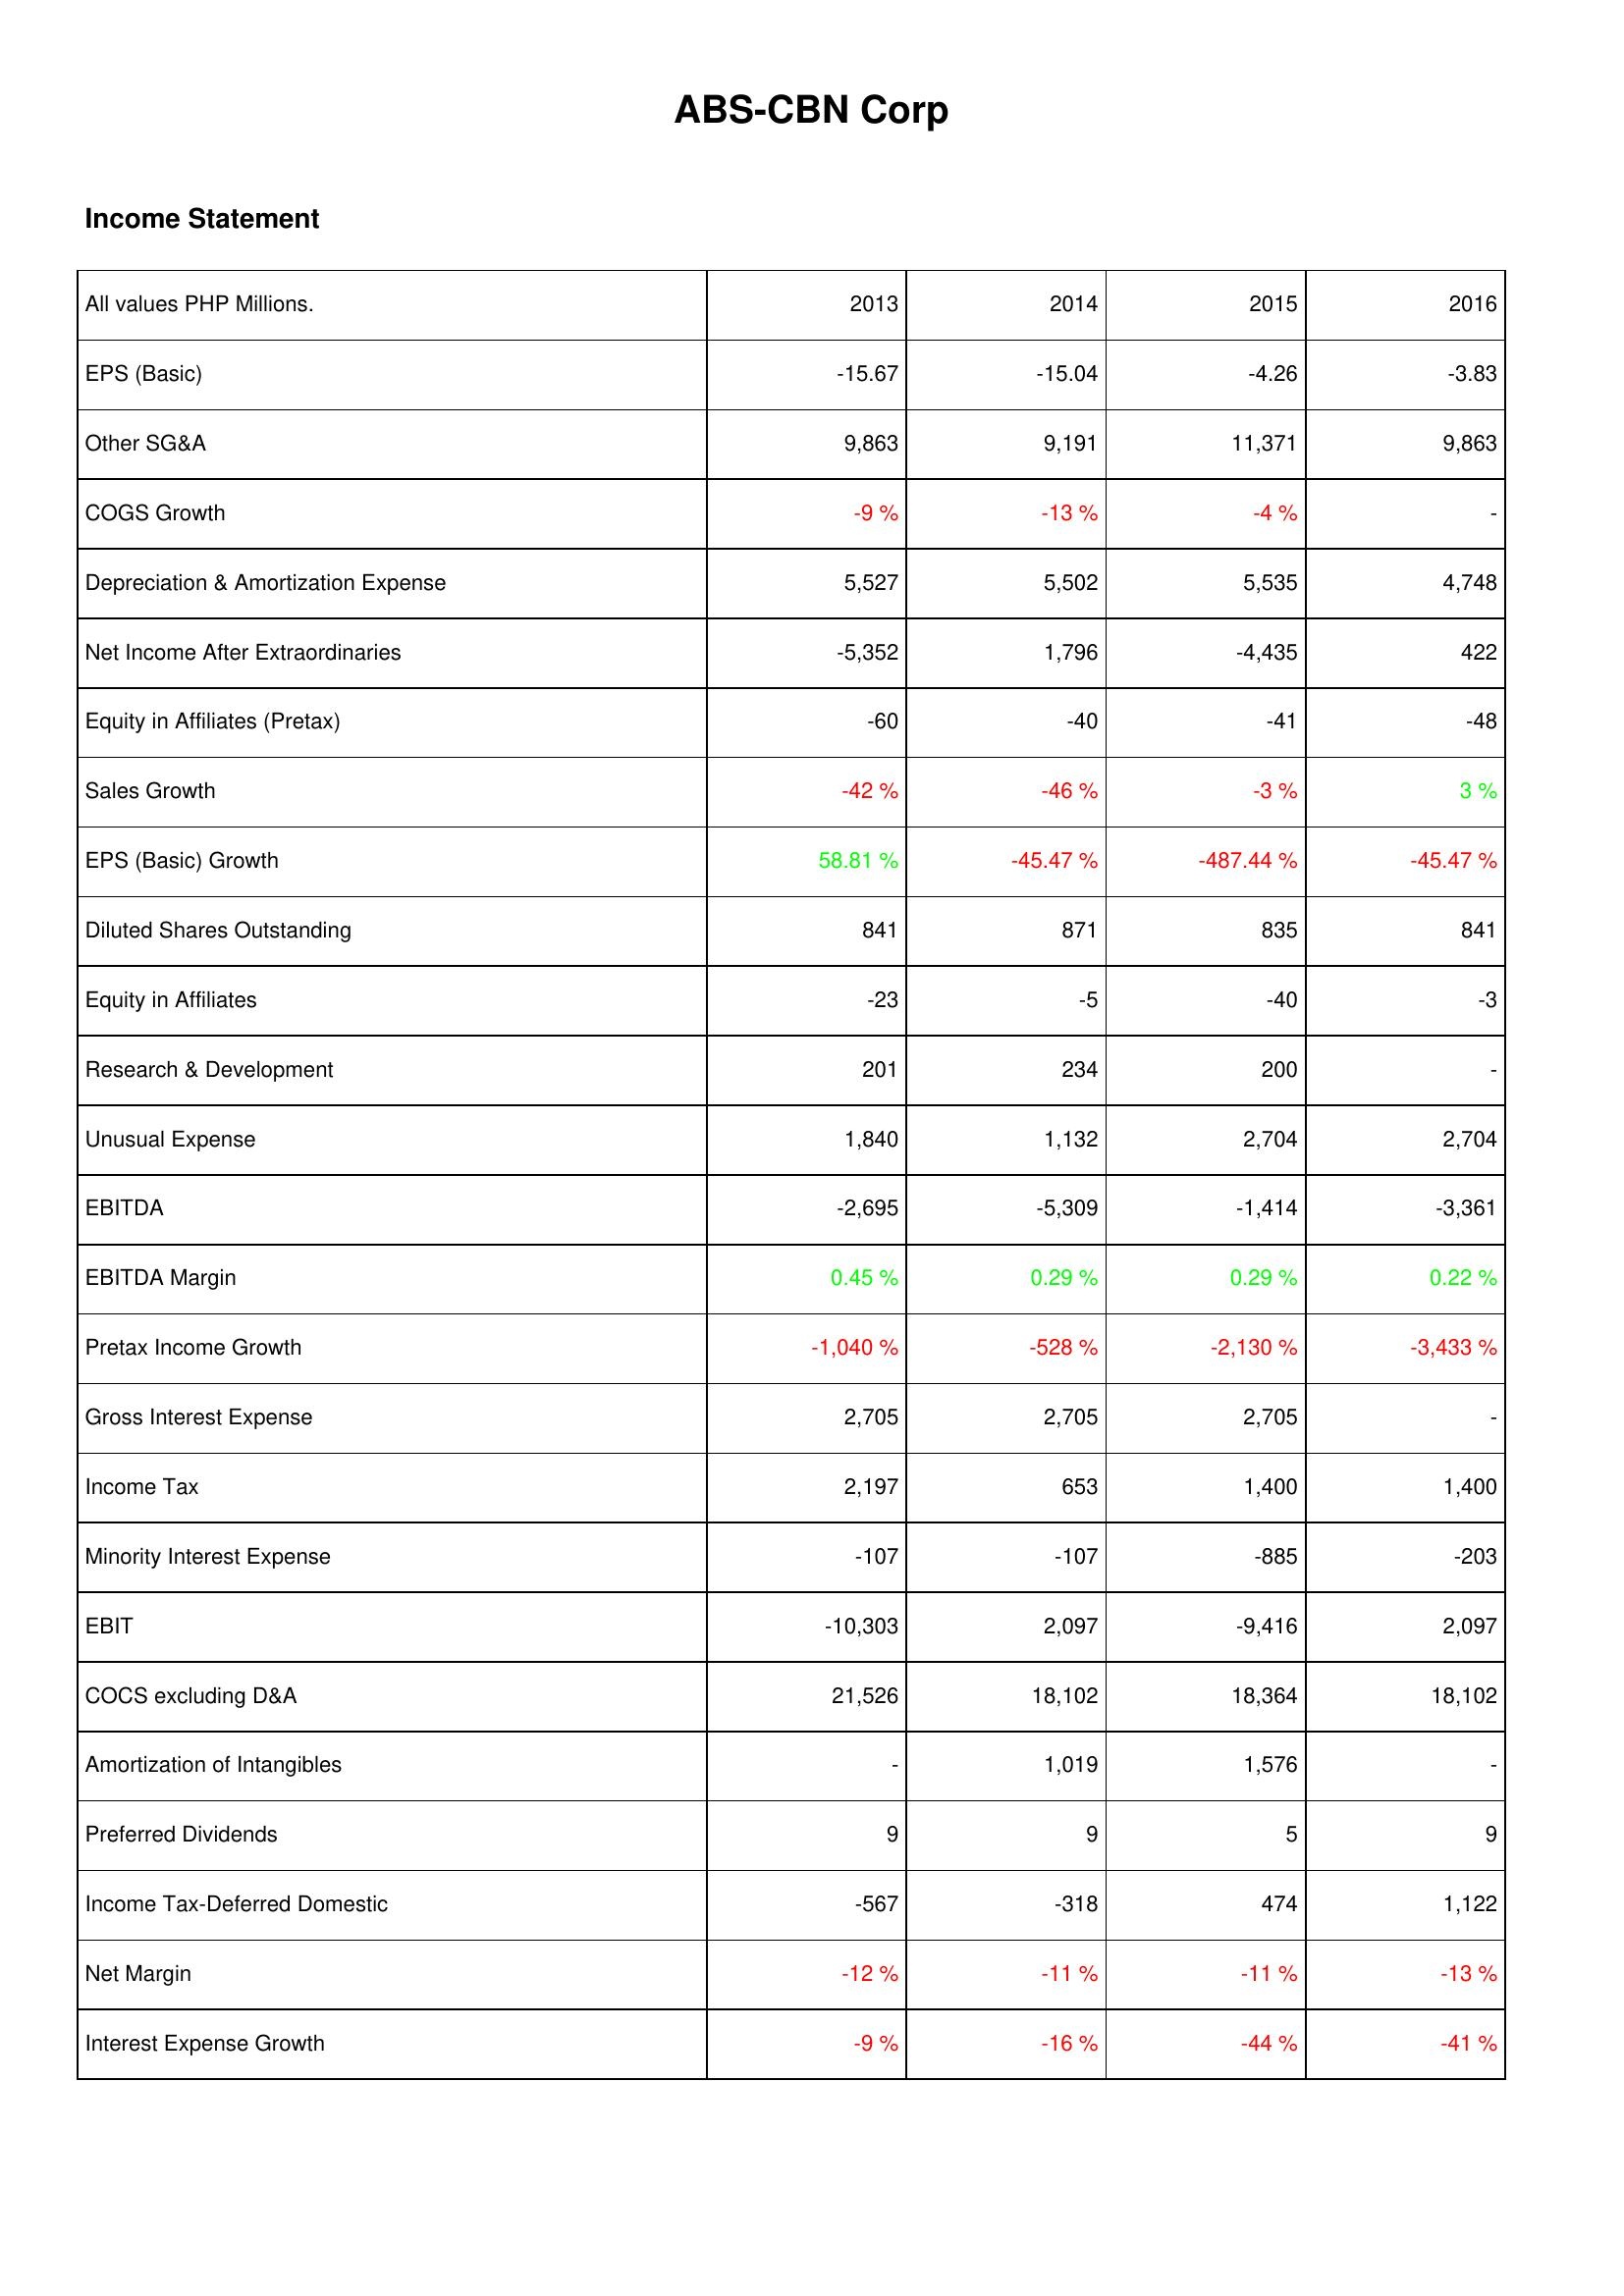
2013: Income Statement: EPS (Basic): -15.67
Other SG&A: 9,863
COGS Growth: -9 %
Depreciation & Amortization Expense: 5,527
Net Income After Extraordinaries: -5,352
Equity in Affiliates (Pretax): -60
Sales Growth: -42 %
EPS (Basic) Growth: 58.81 %
Diluted Shares Outstanding: 841
Equity in Affiliates: -23
Research & Development: 201
Unusual Expense: 1,840
EBITDA: -2,695
EBITDA Margin: 0.45 %
Pretax Income Growth: -1,040 %
Gross Interest Expense: 2,705
Income Tax: 2,197
Minority Interest Expense: -107
EBIT: -10,303
COCS excluding D&A: 21,526
Amortization of Intangibles: -
Preferred Dividends: 9
Income Tax-Deferred Domestic: -567
Net Margin: -12 %
Interest Expense Growth: -9 %
2014: Income Statement: EPS (Basic): -15.04
Other SG&A: 9,191
COGS Growth: -13 %
Depreciation & Amortization Expense: 5,502
Net Income After Extraordinaries: 1,796
Equity in Affiliates (Pretax): -40
Sales Growth: -46 %
EPS (Basic) Growth: -45.47 %
Diluted Shares Outstanding: 871
Equity in Affiliates: -5
Research & Development: 234
Unusual Expense: 1,132
EBITDA: -5,309
EBITDA Margin: 0.29 %
Pretax Income Growth: -528 %
Gross Interest Expense: 2,705
Income Tax: 653
Minority Interest Expense: -107
EBIT: 2,097
COCS excluding D&A: 18,102
Amortization of Intangibles: 1,019
Preferred Dividends: 9
Income Tax-Deferred Domestic: -318
Net Margin: -11 %
Interest Expense Growth: -16 %
2015: Income Statement: EPS (Basic): -4.26
Other SG&A: 11,371
COGS Growth: -4 %
Depreciation & Amortization Expense: 5,535
Net Income After Extraordinaries: -4,435
Equity in Affiliates (Pretax): -41
Sales Growth: -3 %
EPS (Basic) Growth: -487.44 %
Diluted Shares Outstanding: 835
Equity in Affiliates: -40
Research & Development: 200
Unusual Expense: 2,704
EBITDA: -1,414
EBITDA Margin: 0.29 %
Pretax Income Growth: -2,130 %
Gross Interest Expense: 2,705
Income Tax: 1,400
Minority Interest Expense: -885
EBIT: -9,416
COCS excluding D&A: 18,364
Amortization of Intangibles: 1,576
Preferred Dividends: 5
Income Tax-Deferred Domestic: 474
Net Margin: -11 %
Interest Expense Growth: -44 %
2016: Income Statement: EPS (Basic): -3.83
Other SG&A: 9,863
COGS Growth: -
Depreciation & Amortization Expense: 4,748
Net Income After Extraordinaries: 422
Equity in Affiliates (Pretax): -48
Sales Growth: 3 %
EPS (Basic) Growth: -45.47 %
Diluted Shares Outstanding: 841
Equity in Affiliates: -3
Research & Development: -
Unusual Expense: 2,704
EBITDA: -3,361
EBITDA Margin: 0.22 %
Pretax Income Growth: -3,433 %
Gross Interest Expense: -
Income Tax: 1,400
Minority Interest Expense: -203
EBIT: 2,097
COCS excluding D&A: 18,102
Amortization of Intangibles: -
Preferred Dividends: 9
Income Tax-Deferred Domestic: 1,122
Net Margin: -13 %
Interest Expense Growth: -41 %